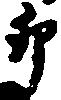
卯